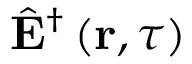
\hat { \mathbf { E } } ^ { \dagger } \left( \mathbf { r } , \tau \right)